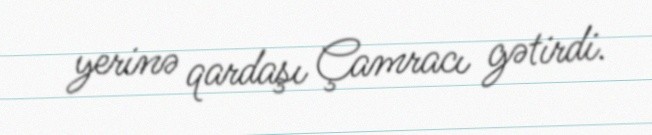
yerinə qardaşı Çamracı gətirdi.